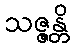
သဇ္ဇန္တိ